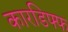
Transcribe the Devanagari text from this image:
कारडिफ्फ